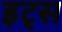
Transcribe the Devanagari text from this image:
इट्‍स